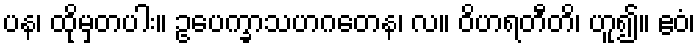
ပန၊ ထိုမှတပါး။ ဥပေက္ခာသဟဂတေန၊ လ။ ဝိဟရတီတိ၊ ဟူ၍။ ဧဝံ၊